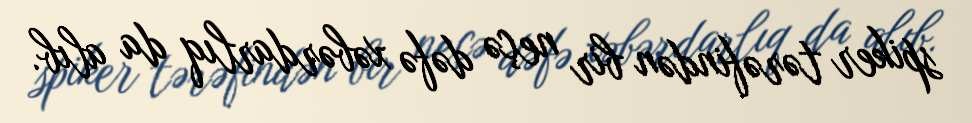
spiker tərəfindən bir neçə dəfə xəbərdarlıq da alıb.